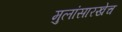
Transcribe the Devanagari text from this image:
मुलांसारखेच